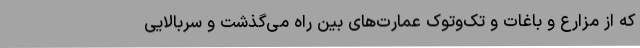
که از مزارع و باغات و تک‌وتوک عمارت‌های بین راه می‌گذشت و سربالایی